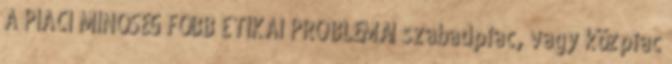
A PIACI MINŐSÉG FŐBB ETIKAI PROBLÉMÁI szabadpiac, vagy közpiac